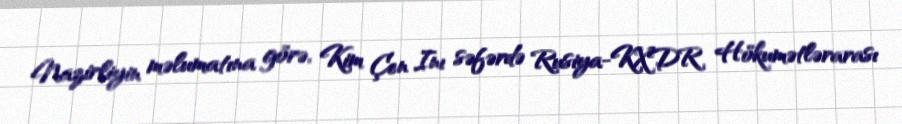
Nazirliyin məlumatına görə, Kim Çen Inı səfərdə Rusiya-KXDR Hökumətlərarası